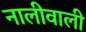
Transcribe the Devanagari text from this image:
नालीवाली